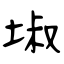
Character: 埱